Document type: payment_order
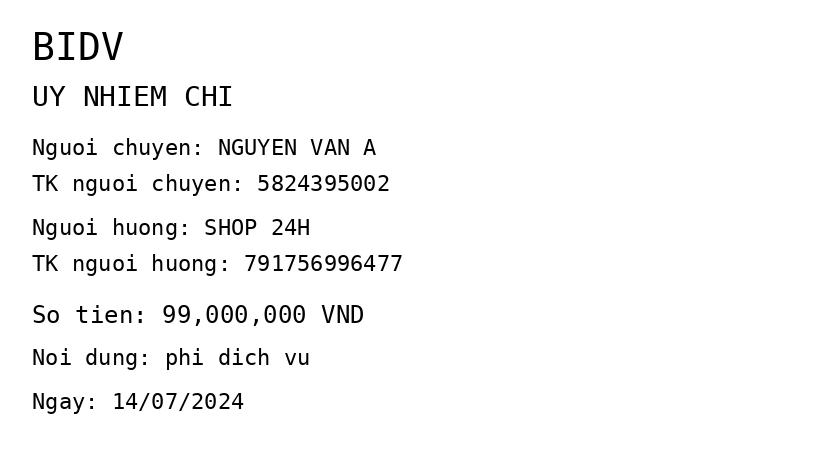
OCR transcript:
BIDV
UY NHIEM CHI
Nguoi chuyen: NGUYEN VAN A
TK nguoi chuyen: 5824395002
Nguoi huong: SHOP 24H
TK nguoi huong: 791756996477
So tien: 99,000,000 VND
Noi dung: phi dich vu
Ngay: 14/07/2024
Extracted fields:
bank_name: bidv
sender_name: nguyen van a
sender_account: 5824395002
beneficiary_name: shop 24h
beneficiary_account: 791756996477
amount: 99000000
content: phi dich vu
date: 2024-07-14